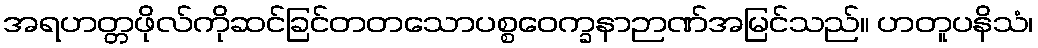
အရဟတ္တဖိုလ်ကိုဆင်ခြင်တတသောပစ္စဝေက္ခနာဉာဏ်အမြင်သည်။ ဟတူပနိသံ၊